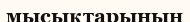
мысықтарының